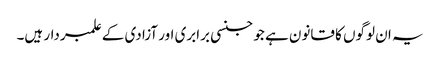
یہ ان لوگوں کا قانون ہے جو جنسی برابری اور آزادی کے علمبردار ہیں۔